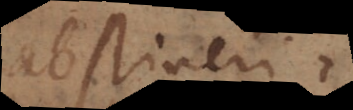
abstineri,